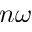
n \omega